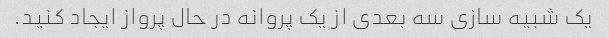
یک شبیه سازی سه بعدی از یک پروانه در حال پرواز ایجاد کنید.